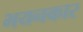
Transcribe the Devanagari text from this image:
भयनकार